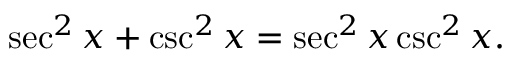
\sec ^ { 2 } x + \csc ^ { 2 } x = \sec ^ { 2 } x \csc ^ { 2 } x .